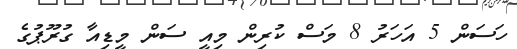
ހަސަން 5 އަހަރު 8 މަސް ކުރިން މިއީ ސަން މީޑިއާ ގުރޫޕުގެ